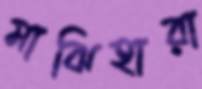
মাঝিহারা